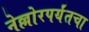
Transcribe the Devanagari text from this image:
नेल्लोरपर्यंतचा